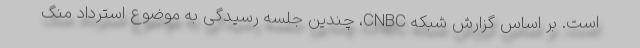
است. بر اساس گزارش شبکه CNBC، چندین جلسه رسیدگی به موضوع استرداد منگ